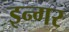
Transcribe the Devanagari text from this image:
इन्गर